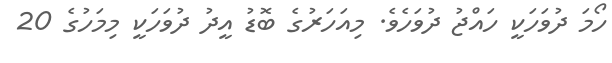
ހޯމަ ދުވަހަކީ ހައްޖު ދުވަހެވެ. މިއަހަރުގެ ބޮޑު އީދު ދުވަހަކީ މިމަހުގެ 20